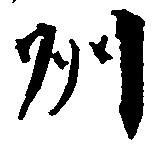
州